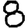
Digit: 8